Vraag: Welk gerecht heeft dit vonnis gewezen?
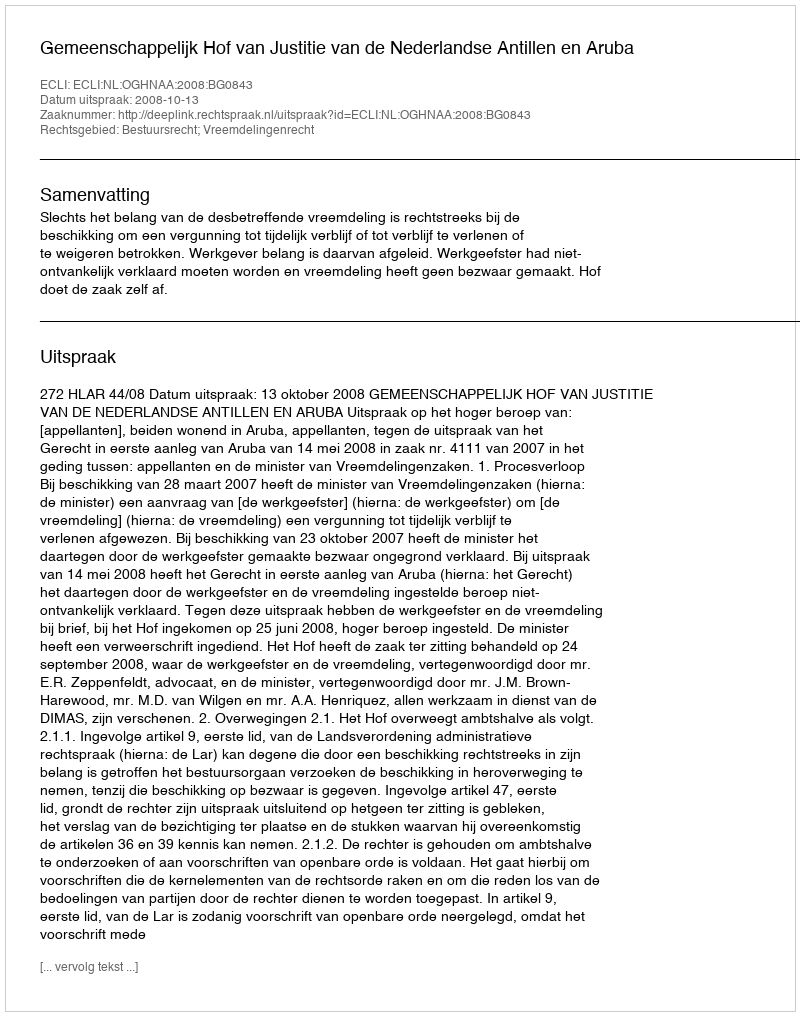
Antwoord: Gemeenschappelijk Hof van Justitie van de Nederlandse Antillen en Aruba